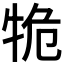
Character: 𤙙